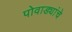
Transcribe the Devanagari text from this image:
पोवाड्यांचेे